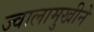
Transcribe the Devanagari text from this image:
ज्वालामुखीने